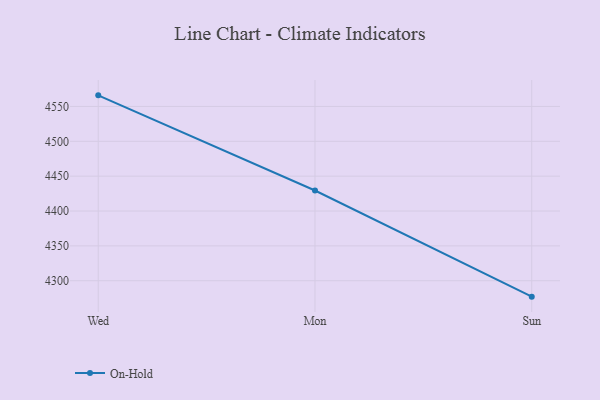
{"axis": {"x": "Day", "y": "Net Income (USD K)"}, "legend": ["On-Hold"], "data": [{"x": "Wed", "y": 4565.9, "type": "On-Hold"}, {"x": "Mon", "y": 4429.4, "type": "On-Hold"}, {"x": "Sun", "y": 4277.2, "type": "On-Hold"}]}